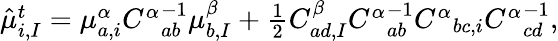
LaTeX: \begin{array}{r}{\hat{\mu}_{i,I}^{t}=\mu_{a,i}^{\alpha}{C^{\alpha}}_{ab}^{-1}\mu_{b,I}^{\beta}+\frac{1}{2}C_{ad,I}^{\beta}{C^{\alpha}}_{ab}^{-1}{C^{\alpha}}_{bc,i}{C^{\alpha}}_{cd}^{-1},}\end{array}